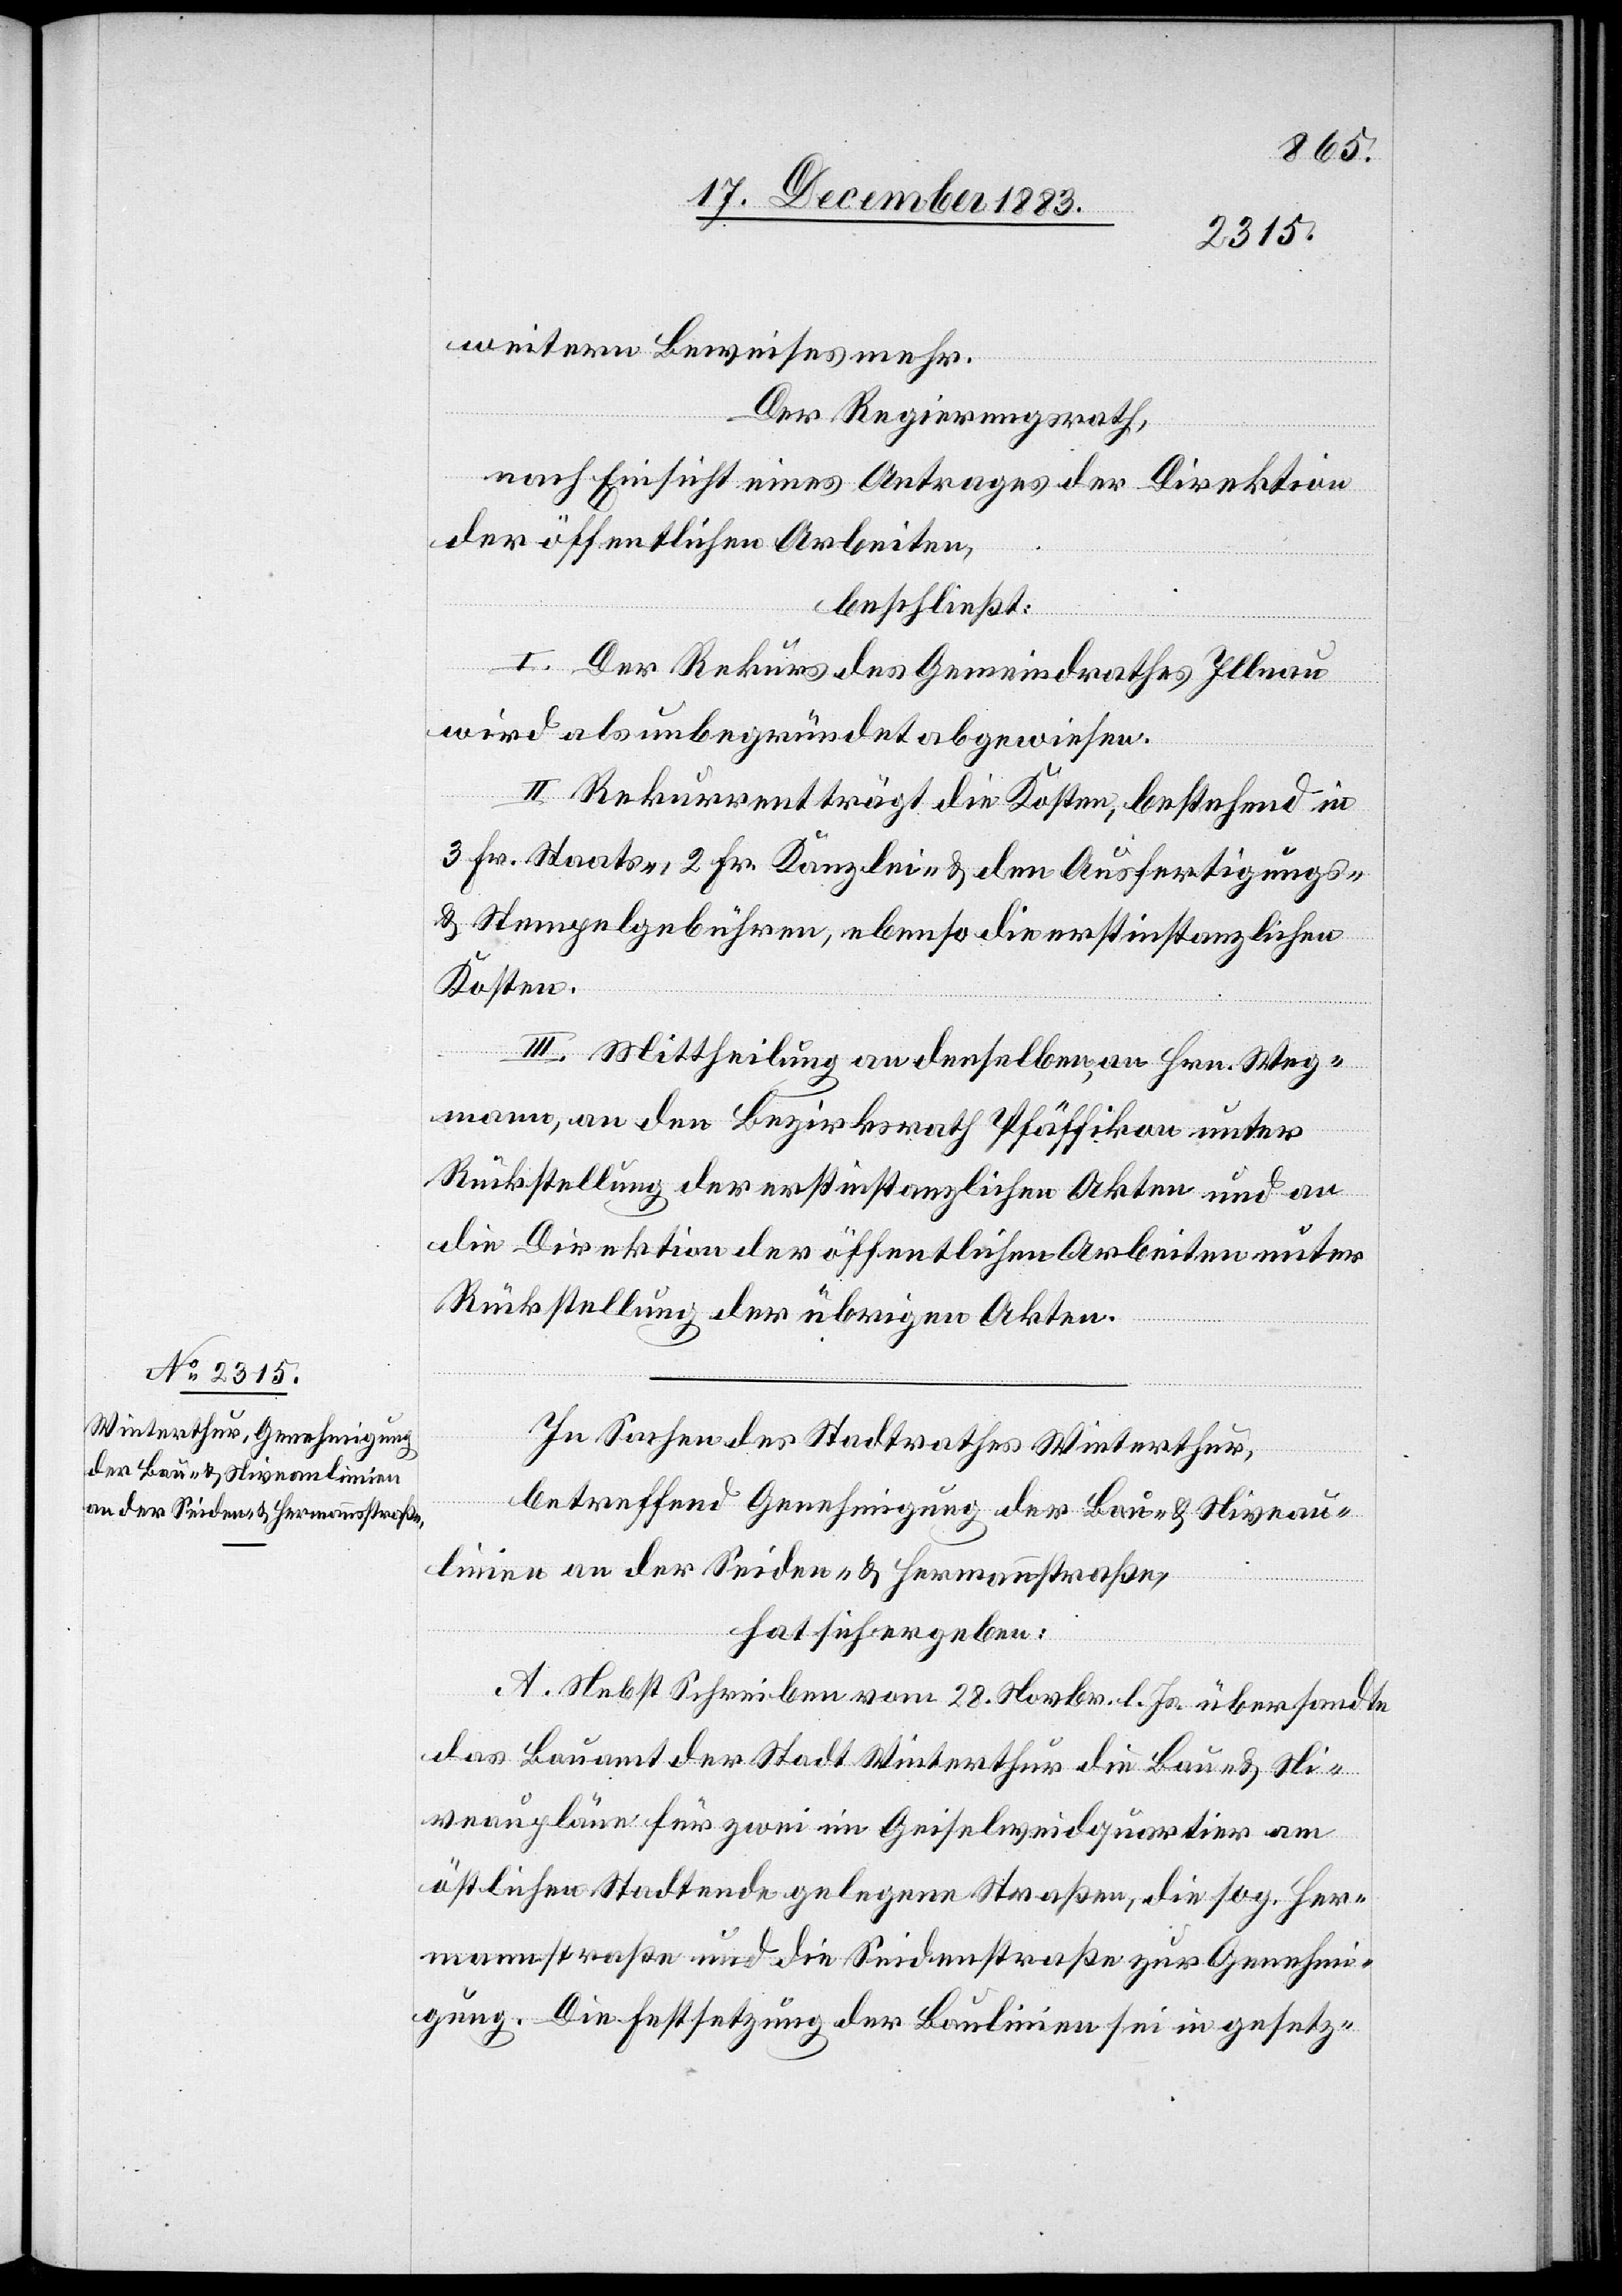
weitern Beweises mehr.
Der Regierungsrath,
nach Einsicht eines Antrages der Direktion
der öffentlichen Arbeiten,
beschließt:
I. Der Rekurs des Gemeindrathes Illnau
wird als unbegründet abgewiesen.
II. Rekurrent trägt die Kosten, bestehend in
3 Fr. Staats-, 2 Fr. Kanzlei- & den Ausfertigungs-
& Stempelgebühren, ebenso die erstinstanzlichen
Kosten.
III. Mittheilung an denselben, an Hrn. Weg¬
mann, an den Bezirksrath Pfäffikon unter
Rückstellung der erstinstanzlichen Akten und an
die Direktion der öffentlichen Arbeiten unter
Rückstellung der übrigen Akten.
In Sachen des Stadtrathes Winterthur,
betreffend Genehmigung der Bau- & Niveau¬
linien an der Seiden- & Hermannstraße,
hat sich ergeben:
A. Nebst Schreiben vom 28. Novbr. l. Js. übersandte
das Bauamt der Stadt Winterthur die Bau- & Ni¬
veaupläne für zwei im Geiselweidquartier am
östlichen Stadtende gelegene Straßen, die sog. Her¬
mannstraße und die Seidenstraße zur Genehmi¬
gung. Die Festsetzung der Baulinien sei in gesetz-